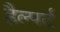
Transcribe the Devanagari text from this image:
हैल्पर्ट